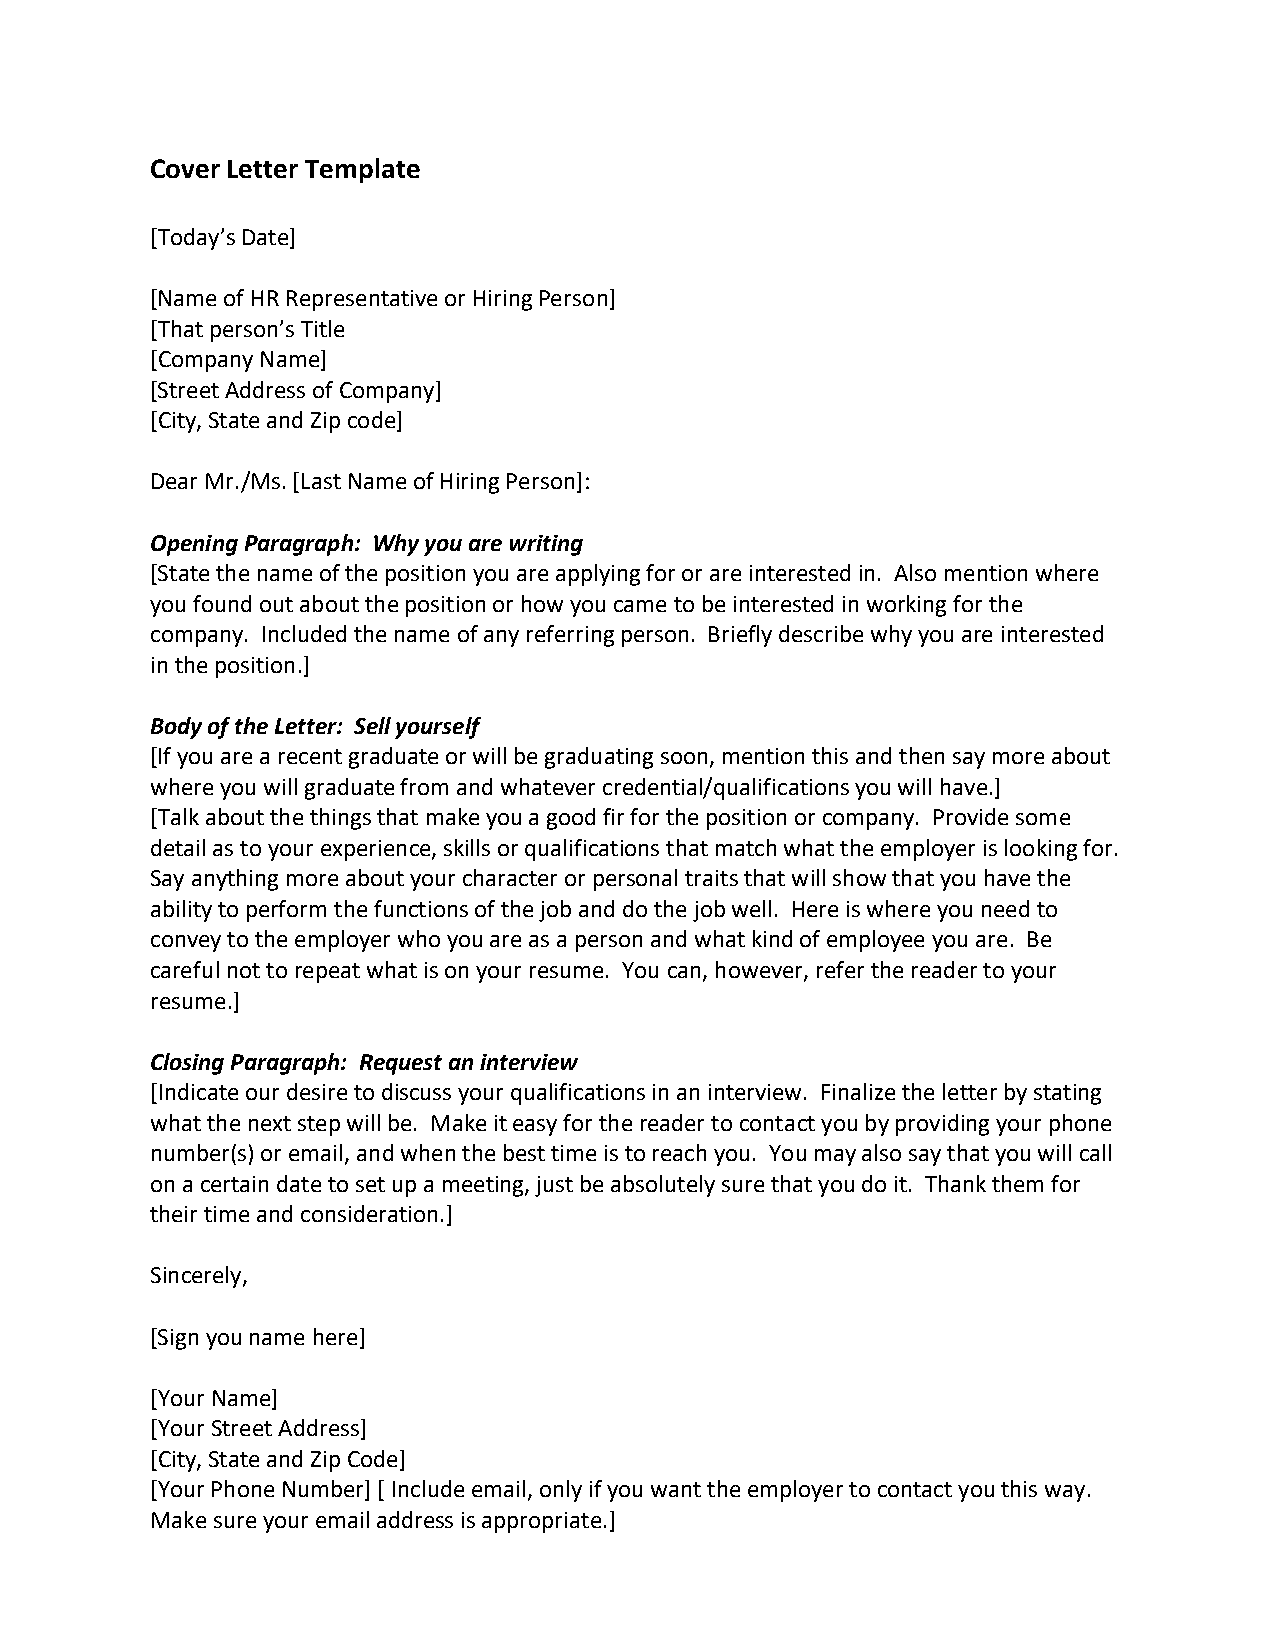
Cover Letter Template
 [Today’s Date]
 [Name of HR Representative or Hiring Person]
 [That person’s Title
 [Company Name]
 [Street Address of Company]
 [City, State and Zip code]
 Dear Mr./Ms. [Last Name of Hiring Person]:
 Opening Paragraph: Why you are writing
 [State the name of the position you are applying for or are interested in. Also mention where
 you found out about the position or how you came to be interested in working for the
 company. Included the name of any referring person. Briefly describe why you are interested
 in the position.]
 Body of the Letter: Sell yourself
 [If you are a recent graduate or will be graduating soon, mention this and then say more about
 where you will graduate from and whatever credential/qualifications you will have.]
 [Talk about the things that make you a good fir for the position or company. Provide some
 detail as to your experience, skills or qualifications that match what the employer is looking for.
 Say anything more about your character or personal traits that will show that you have the
 ability to perform the functions of the job and do the job well. Here is where you need to
 convey to the employer who you are as a person and what kind of employee you are. Be
 careful not to repeat what is on your resume. You can, however, refer the reader to your
 resume.]
 Closing Paragraph: Request an interview
 [Indicate our desire to discuss your qualifications in an interview. Finalize the letter by stating
 what the next step will be. Make it easy for the reader to contact you by providing your phone
 number(s) or email, and when the best time is to reach you. You may also say that you will call
 on a certain date to set up a meeting, just be absolutely sure that you do it. Thank them for
 their time and consideration.]
 Sincerely,
 [Sign you name here]
 [Your Name]
 [Your Street Address]
 [City, State and Zip Code]
 [Your Phone Number] [ Include email, only if you want the employer to contact you this way.
 Make sure your email address is appropriate.]